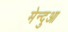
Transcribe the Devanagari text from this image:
मेन्दुआ